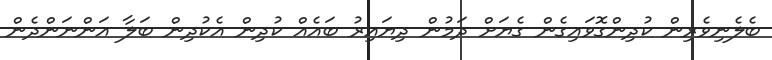
ބެލެނިވެރިން ކުދިންގޮވައިގެން ގެޔަށް ދަމުން ދިޔައިރު ބައެއް ކުދިން އެކުދިން ބަލާ އަންނަންދެން